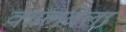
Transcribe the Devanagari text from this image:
कालबेला